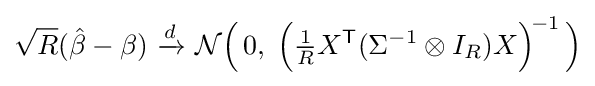
{\sqrt {R}}({\hat {\beta }}-\beta )\ {\xrightarrow {d}}\ {\mathcal {N}}{\Big (}\,0,\;{\Big (}{\tfrac {1}{R}}X^{\mathsf {T}}(\Sigma ^{-1}\otimes I_{R})X{\Big )}^{\!-1}\,{\Big )}